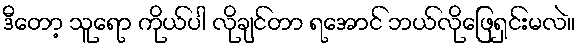
ဒီတော့ သူရော ကိုယ်ပါ လိုချင်တာ ရအောင် ဘယ်လိုဖြေရှင်းမလဲ။